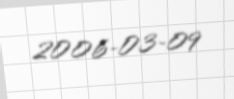
2006-03-09